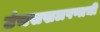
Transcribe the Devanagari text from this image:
उंचसखलपणाची